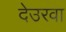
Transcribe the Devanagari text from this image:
देउरवा